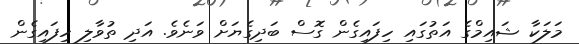
މަލަކާ ޝައިމްގެ އަތުގައި ހިފައިގެން ގޮސް ބަދިގެޔަށް ވަނެވެ. އަދި ތުވާލި ހިފައިގެން